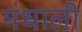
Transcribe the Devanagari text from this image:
मंधाली